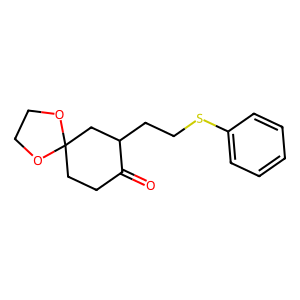
SMILES: O=C1CCC2(CC1CCSc1ccccc1)OCCO2
Inhibits HIV replication: No